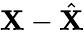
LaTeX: \mathbf{X}-{\hat{{\mathbf{X}}}}